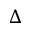
\Delta